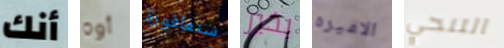
أنك أوه سنغافورة بخير الاميره التنحي